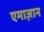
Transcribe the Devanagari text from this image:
एमाज़ान